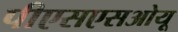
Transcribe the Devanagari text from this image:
पीएसएसओयू